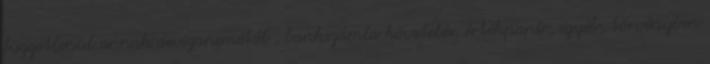
függetlenül annak devizanemétől , bankszámla követelés, értékpapír, egyéb, törvényben